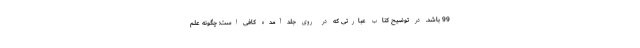
99 باشد. در توضیح کتاب عبارتی که در روی جلد آمده کافی است: چگونه علم